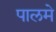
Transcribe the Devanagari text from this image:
पालमे